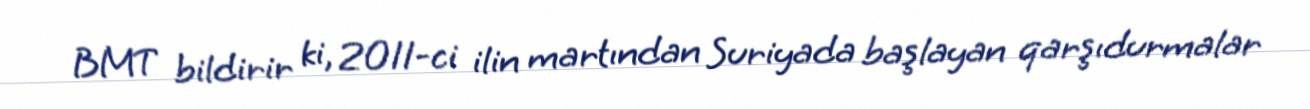
BMT bildirir ki, 2011-ci ilin martından Suriyada başlayan qarşıdurmalar